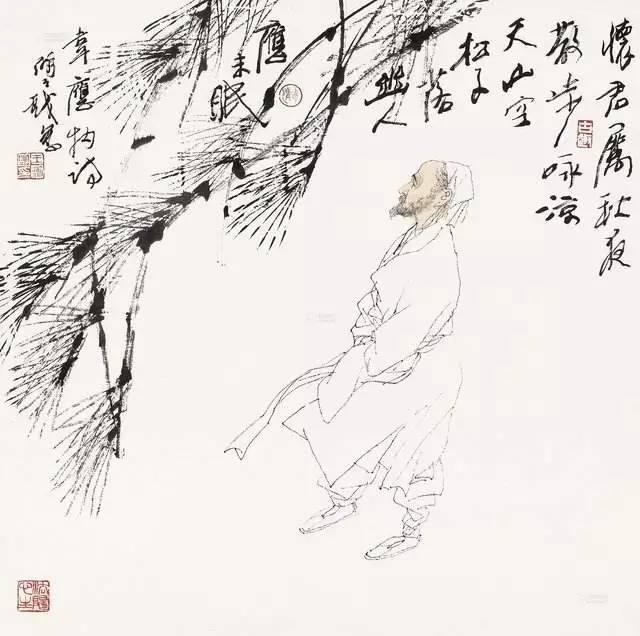
怀君属秋夜，散步咏凉天。